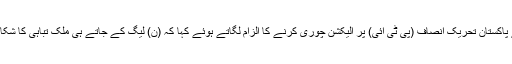
ظفر وال میں جلسے سے خطاب میں مریم نواز نے پاکستان تحریک انصاف (پی ٹی آئی) پر الیکشن چوری کرنے کا الزام لگاتے ہوئے کہا کہ (ن) لیگ کے جاتے ہی ملک تباہی کا شکار ہو گیا، اب بجٹ میں عوام پر قیامت ڈھا دی گئی۔